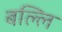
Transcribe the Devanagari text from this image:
बल्लि